Scottish Leaving Certificate Examination, 1951
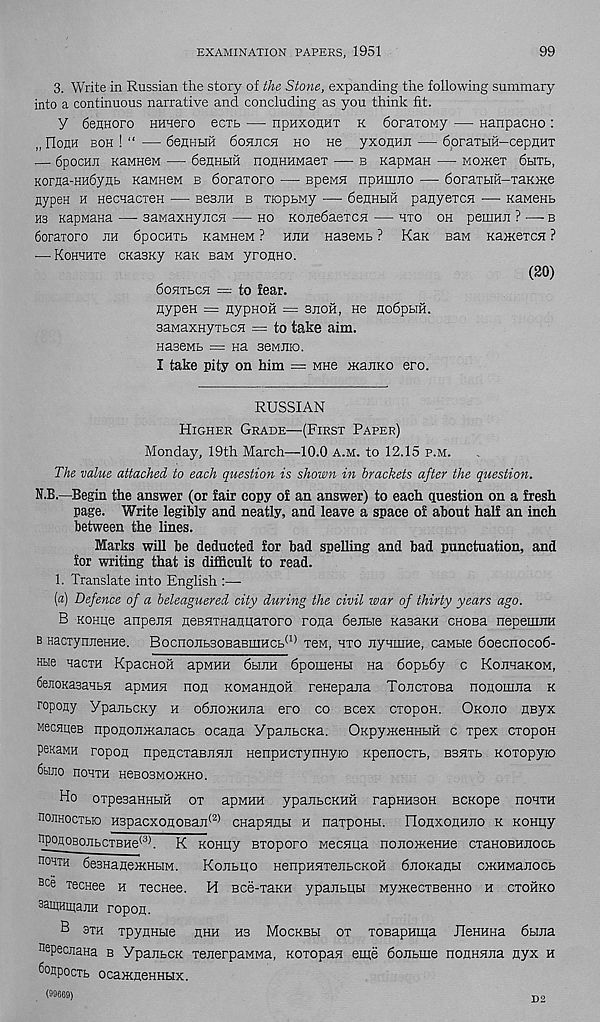
EXAMINATION PAPERS, 1951
99
3. Write in Russian the story of the Stone, expanding the following summary
into a continuous narrative and concluding as you think fit.
Y 6enHoro HHHero ecxt — npHxoflHT k doraxoMy :— nanpaCHO :
„ FlonH boh ! “ — denHHH 6o5ijich ho He yxonHE — doraxHH-cepnHx
— dpocHE KaMHSM — deHHHH noHHHMaex — b KapMan — MOHrex dbixt,
Korna-HHdyHb KaMHew b doraxoro — Bpewn npHmno — doraibiH—xaKxce
EypeH h HecHacxeH — BesjiH b xiopbMy — denHHH panyexcn — KaMeHb
ns KapMana —■ sawaxHyECH — ho Kojiedaexcn — hxo oh peuiHn ? — b
doraxoro jih dpocaxb KaMHeM ? hjih naseMb ? KaK saM Kaxcexcn ?
— KoHHHxe cKasKy kzk bhm yroHHo.
(20)
doHXbCH — to fear.
nypen = nypHOH = bjioh, He HodpbiH.
BaMaxnyxbCH = to take aim.
HaseMb = na seMJiio.
I take pity on him = mhb xcanKO ero.
RUSSIAN
Higher Grade—(First Paper)
Monday, 19th March—10.0 a.m. to 12.15 p.m.
The value attached to each question is shown in brackets after the question.
N.B.—Begin the answer (or fair copy of an answer) to each question on a fresh
page. Write legibly and neatly, and leave a space of about half an inch
between the lines.
Marks will be deducted for bad spelling and bad punctuation, and
for writing that is difficult to read.
1. Translate into English :—
(a) Defence of a beleaguered city during the civil war of thirty years ago.
B KOHiie anpeiiH neeHTHanuaxoro rona deitbie KasaKH cnoBa nepemiiH
b HacxynjieHHe. Bocnojib30BaBiiiHCb (1) xeM, hto nyHiiine, caMbie doecnocod-
Hbie Haora KpacHoh apMHH dbiiiH dpomeHbi Ha dopbdy c KonnaKOM,
deuoKasaabH apMHH non KowaHnoH renepajia ToncxoBa nonouina k
ropony YpanbCKy h odnoiKHEa ero co scex cxopon. Okojio HByx
MecHiieB nponoiDKanacb ocana YpaiibCKa. OicpyjKeHHbiH c xpex cxopoH
penaMH ropon npencxaBEHii HenpHcxynHyio Kpenocxb, bbhxb Koxopyio
duiio nOHXH H6B03M0IKH0.
Ho oxpesaHHbiii ox apMHH ypanbCKHii rapHHsoH Bcxope noHTH
nojiHocxbio H3pacxonoBan (2) cHapHUbi h naxpoHbi. Oouxouhho k Komiy
npoAOBOEbcxBHe (3) . K KOHiiy Bxoporo wecHiia nonoiKeHHe cxaHOBHiiocb
noHTH desnaneiKHbiM.
Kojibho HenpHHxeubCKOH dnoKanbi OKHManocb
B ce xecHee h xecHee. H Bce-xaKH ypanbiibi MyxcecxBeHHo h cxohko
BamamajiH ropon.
B 3xh xpynHbie hhh hs Mockbh ox xoBapHipa JleHHHa dbina
nepecnana b YpanbCK xenerpaMMa, Koxopan eipe donbme nonanjia nyx h
fionpocxb ocamneHHHx.